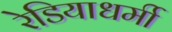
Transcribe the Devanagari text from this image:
रेडियाधर्मी